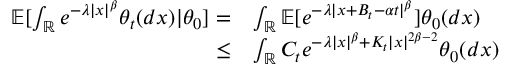
\begin{array} { r l } { \mathbb { E } [ \int _ { \mathbb { R } } e ^ { - \lambda | x | ^ { \beta } } \theta _ { t } ( d x ) \vert \theta _ { 0 } ] = } & { \int _ { \mathbb { R } } \mathbb { E } [ e ^ { - \lambda | x + B _ { t } - \alpha t | ^ { \beta } } ] \theta _ { 0 } ( d x ) } \\ { \leq } & { \int _ { \mathbb { R } } C _ { t } e ^ { - \lambda | x | ^ { \beta } + K _ { t } | x | ^ { 2 \beta - 2 } } \theta _ { 0 } ( d x ) } \end{array}